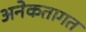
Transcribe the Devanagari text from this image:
अनेकतागत